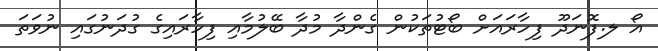
އޯ ލ.ފޮނަދޫ ފިހާރައަށް ބޯޓުތަކުން ގެންދާ މުދާ ބޭލުމާއި ފިހާރައިގެ ގުދަނުގައި ނުވަތަ